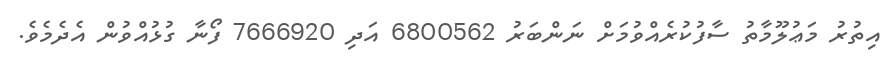
އިތުރު މަޢުލޫމާތު ސާފުކުރެއްވުމަށް ނަންބަރު 6800562 އަދި 7666920 ފޯނާ ގުޅުއްވުން އެދެމެވެ.